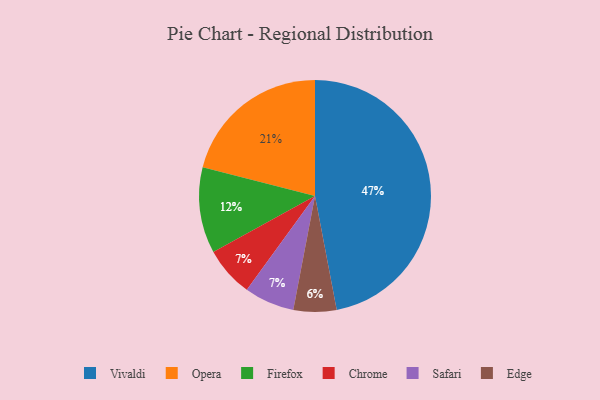
{"axis": {"x": "Category", "y": "Percentage"}, "legend": ["Chrome", "Edge", "Firefox", "Opera", "Safari", "Vivaldi"], "data": [{"x": "Opera", "y": 21, "type": "Opera"}, {"x": "Firefox", "y": 12, "type": "Firefox"}, {"x": "Vivaldi", "y": 47, "type": "Vivaldi"}, {"x": "Chrome", "y": 7, "type": "Chrome"}, {"x": "Safari", "y": 7, "type": "Safari"}, {"x": "Edge", "y": 6, "type": "Edge"}]}